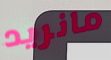
مانريد